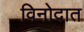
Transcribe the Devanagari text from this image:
विनोदात